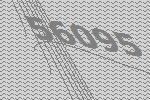
56095